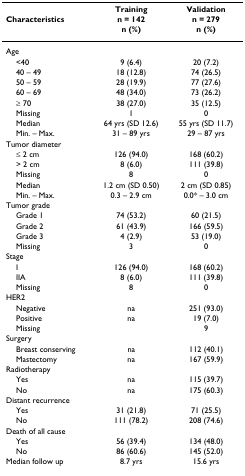
<table><thead><tr><td></td><td><b>Training</b></td><td><b>Validation</b></td></tr><tr><td><b>Characteristics</b></td><td><b>n = 142</b></td><td><b>n = 279</b></td></tr><tr><td></td><td><b>n (%)</b></td><td><b>n (%)</b></td></tr></thead><tbody><tr><td>Age</td><td></td><td></td></tr><tr><td> &lt;40</td><td>9 (6.4)</td><td>20 (7.2)</td></tr><tr><td> 40 – 49</td><td>18 (12.8)</td><td>74 (26.5)</td></tr><tr><td> 50 – 59</td><td>28 (19.9)</td><td>77 (27.6)</td></tr><tr><td> 60 – 69</td><td>48 (34.0)</td><td>73 (26.2)</td></tr><tr><td> ≥ 70</td><td>38 (27.0)</td><td>35 (12.5)</td></tr><tr><td> Missing</td><td>1</td><td>0</td></tr><tr><td> Median</td><td>64 yrs (SD 12.6)</td><td>55 yrs (SD 11.7)</td></tr><tr><td> Min. – Max.</td><td>31 – 89 yrs</td><td>29 – 87 yrs</td></tr><tr><td>Tumor diameter</td><td></td><td></td></tr><tr><td> ≤ 2 cm</td><td>126 (94.0)</td><td>168 (60.2)</td></tr><tr><td> &gt; 2 cm</td><td>8 (6.0)</td><td>111 (39.8)</td></tr><tr><td> Missing</td><td>8</td><td>0</td></tr><tr><td> Median</td><td>1.2 cm (SD 0.50)</td><td>2 cm (SD 0.85)</td></tr><tr><td> Min. – Max.</td><td>0.3 – 2.9 cm</td><td>0.0* – 3.0 cm</td></tr><tr><td>Tumor grade</td><td></td><td></td></tr><tr><td> Grade 1</td><td>74 (53.2)</td><td>60 (21.5)</td></tr><tr><td> Grade 2</td><td>61 (43.9)</td><td>166 (59.5)</td></tr><tr><td> Grade 3</td><td>4 (2.9)</td><td>53 (19.0)</td></tr><tr><td> Missing</td><td>3</td><td>0</td></tr><tr><td>Stage</td><td></td><td></td></tr><tr><td> I</td><td>126 (94.0)</td><td>168 (60.2)</td></tr><tr><td> IIA</td><td>8 (6.0)</td><td>111 (39.8)</td></tr><tr><td> Missing</td><td>8</td><td>0</td></tr><tr><td>HER2</td><td></td><td></td></tr><tr><td> Negative</td><td>na</td><td>251 (93.0)</td></tr><tr><td> Positive</td><td>na</td><td>19 (7.0)</td></tr><tr><td> Missing</td><td></td><td>9</td></tr><tr><td>Surgery</td><td></td><td></td></tr><tr><td> Breast conserving</td><td>na</td><td>112 (40.1)</td></tr><tr><td> Mastectomy</td><td>na</td><td>167 (59.9)</td></tr><tr><td>Radiotherapy</td><td></td><td></td></tr><tr><td> Yes</td><td>na</td><td>115 (39.7)</td></tr><tr><td> No</td><td>na</td><td>175 (60.3)</td></tr><tr><td>Distant recurrence</td><td></td><td></td></tr><tr><td> Yes</td><td>31 (21.8)</td><td>71 (25.5)</td></tr><tr><td> No</td><td>111 (78.2)</td><td>208 (74.6)</td></tr><tr><td>Death of all cause</td><td></td><td></td></tr><tr><td> Yes</td><td>56 (39.4)</td><td>134 (48.0)</td></tr><tr><td> No</td><td>86 (60.6)</td><td>145 (52.0)</td></tr><tr><td>Median follow up</td><td>8.7 yrs</td><td>15.6 yrs</td></tr></tbody></table>